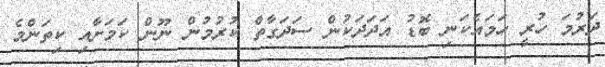
ދަރުމަ ހުރީ ހަމައެކަނި ބޮޑު އަދަދަކުން ސަދަގާތް ކުރުމުން ނޫން ކަމަށާއި ކިތަންމެ